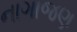
નાગાજણ